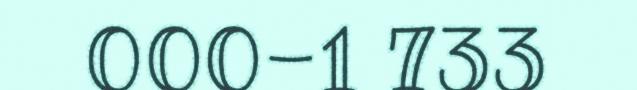
000-1 733